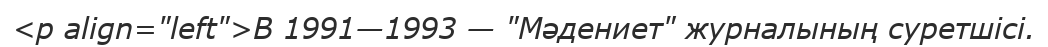
<p align="left">В 1991—1993 — "Мәдениет" журналының суретшісі.